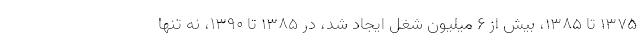
۱۳۷۵ تا ۱۳۸۵، بیش از ۶ میلیون شغل ایجاد شد، در ۱۳۸۵ تا ۱۳۹۰، نه تنها